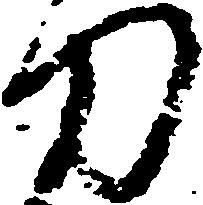
刀